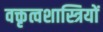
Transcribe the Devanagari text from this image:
वक्तृत्वशास्त्रियों